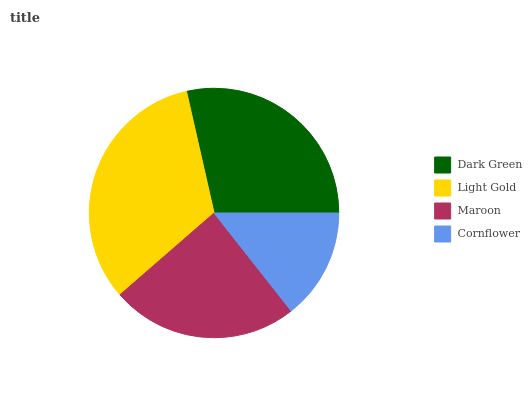
| Dark Green | Light Gold | Maroon | Cornflower |
 | --- | --- | --- | --- |
 | 28.5% | 32.8% | 24.2% | 14.4% |